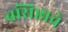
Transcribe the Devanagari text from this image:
वसिष्ठाचे